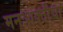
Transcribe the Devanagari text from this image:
मनःशक्तीचा